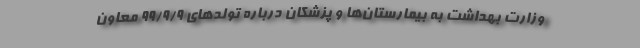
وزارت بهداشت به بیمارستان‌ها و پزشکان درباره تولدهای ۹۹/۹/۹ معاون